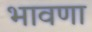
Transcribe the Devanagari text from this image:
भावणा